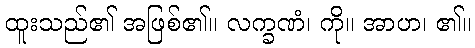
ထူးသည်၏ အဖြစ်၏။ လက္ခဏံ၊ ကို။ အာဟ၊ ၏။